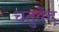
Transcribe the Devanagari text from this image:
चतुवेद